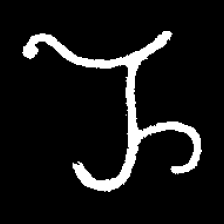
Pyu character \u2014 Myanmar letter: ည (romanized: nya)